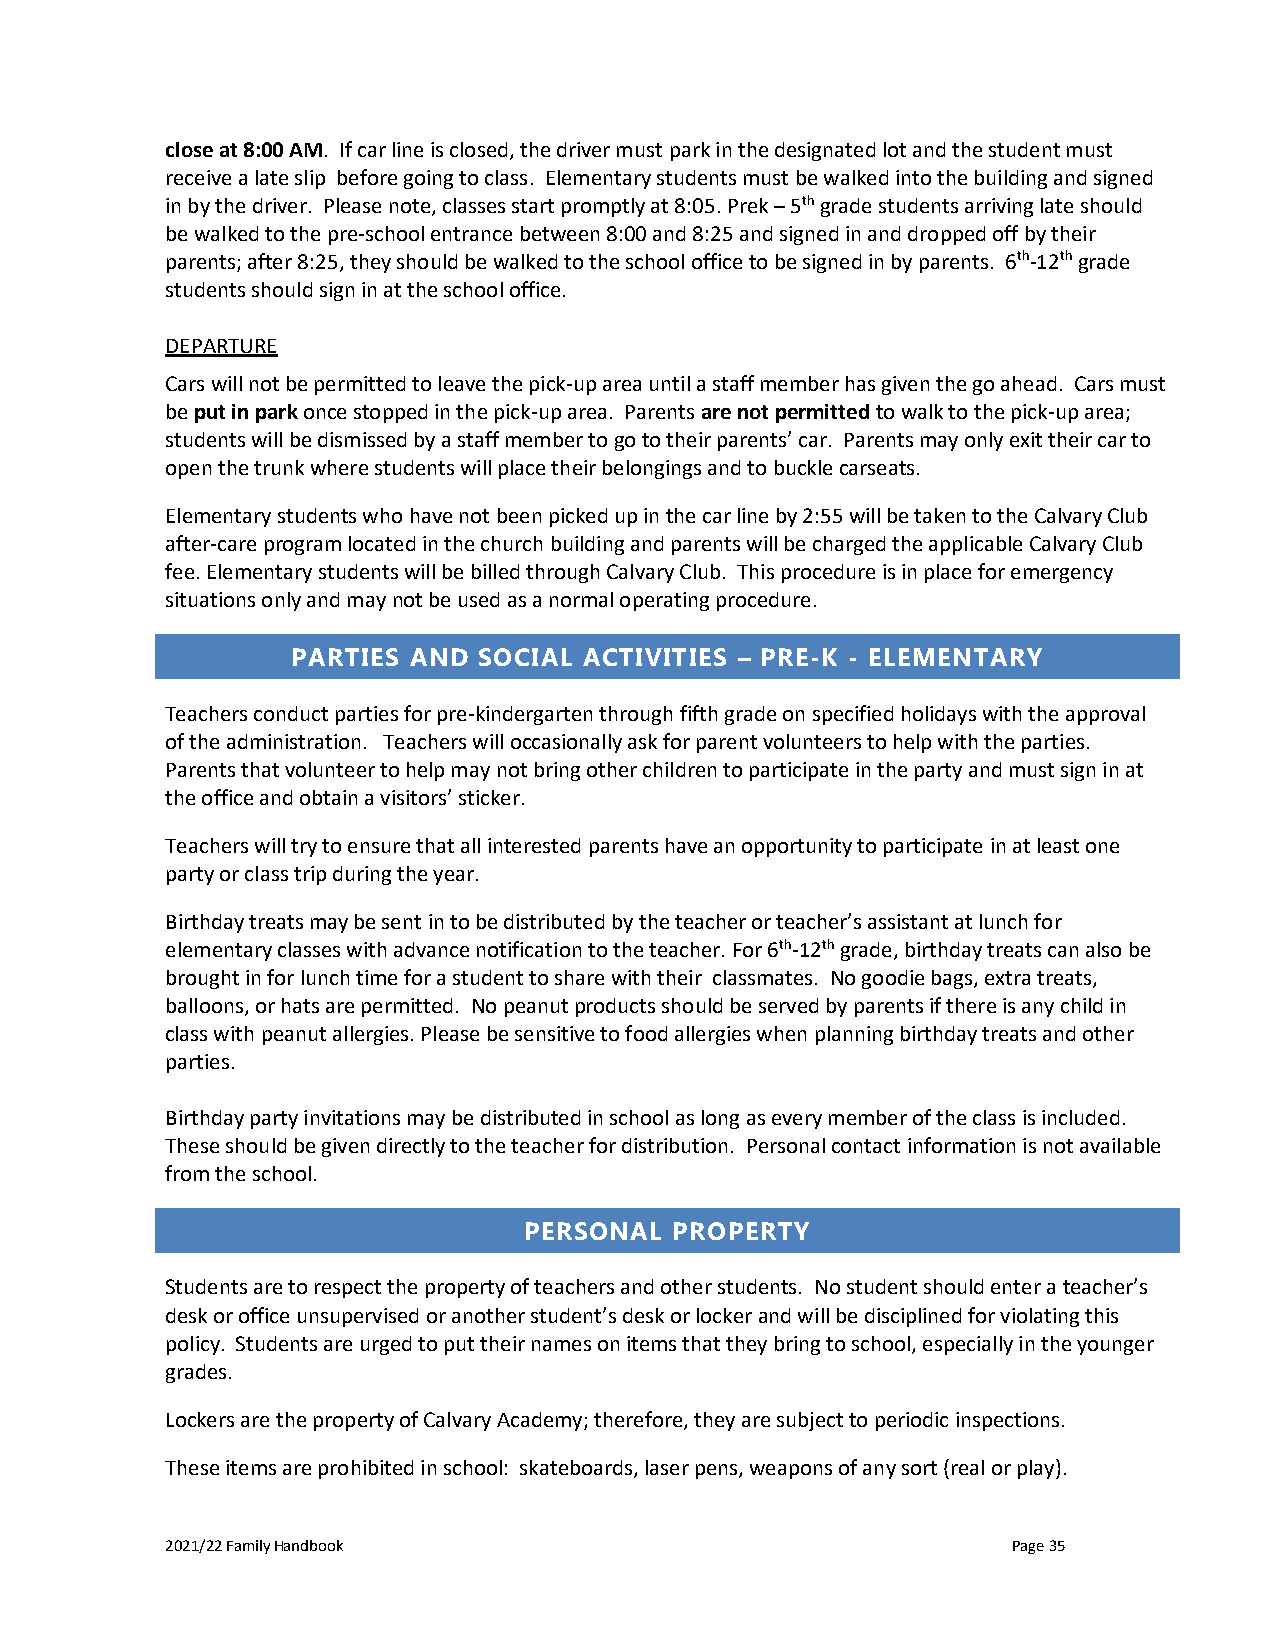
close at 8:00 AM. If car line is closed, the driver must park in the designated lot and the student must
 receive a late slip before going to class. Elementary students must be walked into the building and signed
 in by the driver. Please note, classes start promptly at 8:05. Prek – 5th grade students arriving late should
 be walked to the pre-school entrance between 8:00 and 8:25 and signed in and dropped off by their
 parents; after 8:25, they should be walked to the school office to be signed in by parents. 6th-12th grade
 students should sign in at the school office.
 DEPARTURE
 Cars will not be permitted to leave the pick-up area until a staff member has given the go ahead. Cars must
 be put in park once stopped in the pick-up area. Parents are not permitted to walk to the pick-up area;
 students will be dismissed by a staff member to go to their parents’ car. Parents may only exit their car to
 open the trunk where students will place their belongings and to buckle carseats.
 Elementary students who have not been picked up in the car line by 2:55 will be taken to the Calvary Club
 after-care program located in the church building and parents will be charged the applicable Calvary Club
 fee. Elementary students will be billed through Calvary Club. This procedure is in place for emergency
 situations only and may not be used as a normal operating procedure.
 PARTIES AND  SOCIAL ACTIVITIES – PRE-K - ELEMENTARY
 Teachers conduct parties for pre-kindergarten through fifth grade on specified holidays with the approval
 of the administration. Teachers will occasionally ask for parent volunteers to help with the parties.
 Parents that volunteer to help may not bring other children to participate in the party and must sign in at
 the office and obtain a visitors’ sticker.
 Teachers will try to ensure that all interested parents have an opportunity to participate in at least one
 party or class trip during the year.
 Birthday treats may be sent in to be distributed by the teacher or teacher’s assistant at lunch for
 elementary classes with advance notification to the teacher. For 6th-12th grade, birthday treats can also be
 brought in for lunch time for a student to share with their classmates. No goodie bags, extra treats,
 balloons, or hats are permitted. No peanut products should be served by parents if there is any child in
 class with peanut allergies. Please be sensitive to food allergies when planning birthday treats and other
 parties.
 Birthday party invitations may be distributed in school as long as every member of the class is included.
 These should be given directly to the teacher for distribution. Personal contact information is not available
 from the school.
 PERSONAL  PROPERTY
 Students are to respect the property of teachers and other students. No student should enter a teacher’s
 desk or office unsupervised or another student’s desk or locker and will be disciplined for violating this
 policy. Students are urged to put their names on items that they bring to school, especially in the younger
 grades.
 Lockers are the property of Calvary Academy; therefore, they are subject to periodic inspections.
 These items are prohibited in school: skateboards, laser pens, weapons of any sort (real or play).
 2021/22 Family Handbook                                 Page 35